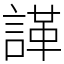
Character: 諽